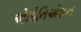
એમોનિએશન